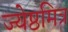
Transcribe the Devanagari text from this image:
ज्येष्ठमित्र